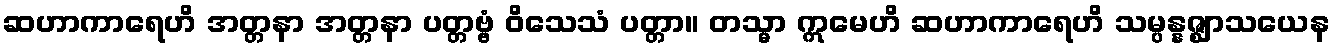
ဆဟာကာရေဟိ အတ္တနာ အတ္တနာ ပတ္တဗ္ဗံ ဝိသေသံ ပတ္တာ။ တသ္မာ ဣမေဟိ ဆဟာကာရေဟိ သမ္ပန္နဇ္ဈာသယေန